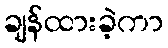
ချန်ထားခဲ့ကာ